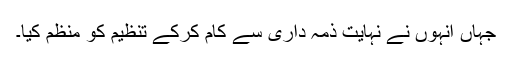
جہاں انہوں نے نہایت ذمہ داری سے کام کرکے تنظیم کو منظم کیا۔